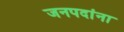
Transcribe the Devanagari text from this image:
जनपदांना